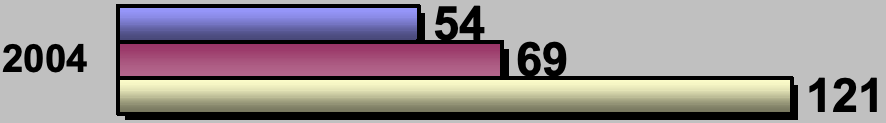
54 2004             69 121